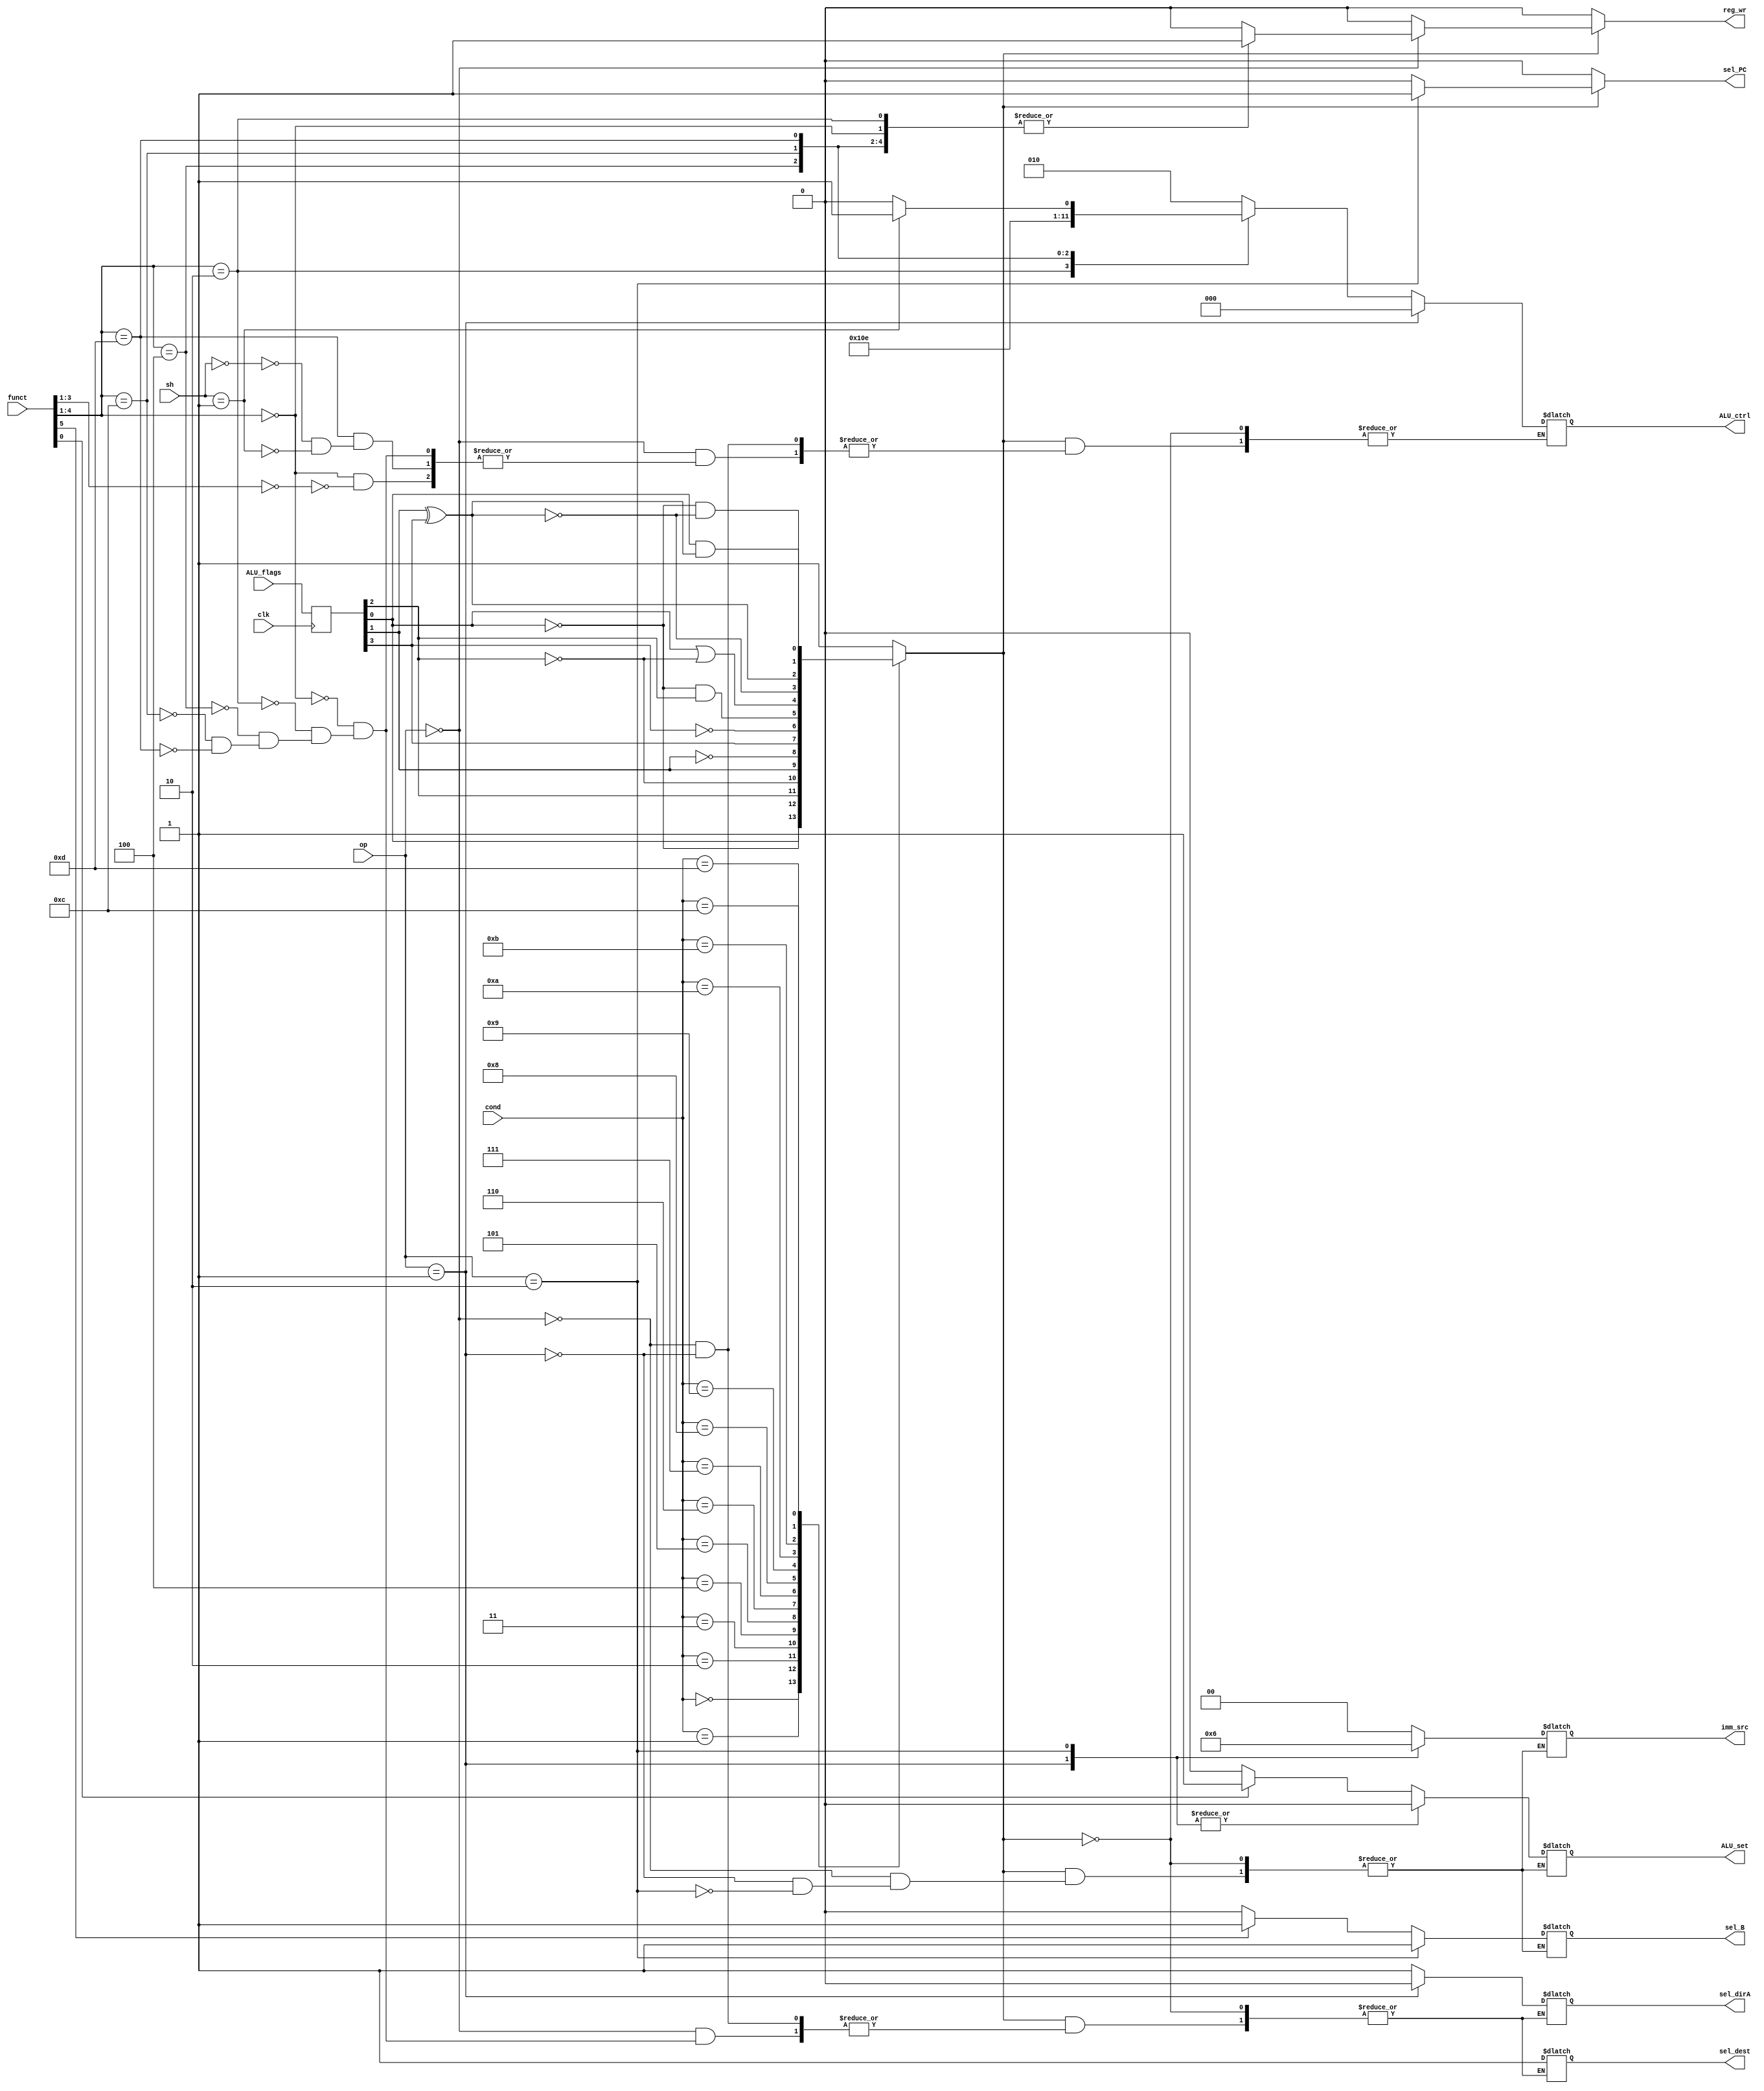
`timescale 1ns / 1ps

module Control(
input clk,
input [3:0] cond,
input [1:0] op,
input [5:0] funct,
input [1:0] sh,

input [3:0] ALU_flags,// 0:Z, 1:N, 2:C, 3:V
output reg ALU_set,

output reg sel_PC,
output reg sel_dirA,
output reg[1:0] imm_src,
output reg reg_wr,
output reg sel_B,
output reg sel_dest,
output reg [2:0] ALU_ctrl
    );
	 
	 
reg [3:0] flags_alu;

	 
reg enable;

always @* begin
	case(cond)
		0 : begin//Z
			enable <= flags_alu[0];
		end
		1 : begin//~Z
			enable <= ~flags_alu[0];
		end
		2 : begin//C
			enable <= flags_alu[2];
		end
		3 : begin//~C
			enable <= ~flags_alu[2];
		end
		4 : begin//N
			enable <= flags_alu[1];
		end
		5 : begin//~N
			enable <= ~flags_alu[1];
		end
		6 : begin//V
			enable <= flags_alu[3];
		end
		7 : begin//~V
			enable <= ~flags_alu[3];
		end
		8 : begin//~ZC
			enable <= ~flags_alu[0] & flags_alu[2];
		end
		9 : begin// Z | ~C
			enable <= flags_alu[0] | ~flags_alu[2];
		end
		10 : begin//~(N xor V)
			enable <= ~(flags_alu[1] ^flags_alu[3]);
		end
		11 : begin//N xor V
			enable <= flags_alu[1] ^flags_alu[3];
		end
		12 : begin// ~Z ~(N xor V)
			enable <=  ~flags_alu[0] & ~(flags_alu[1] ^flags_alu[3]);
		end
		13 : begin// Z | (N xor V)
			enable <= flags_alu[0] & (flags_alu[1] ^flags_alu[3]);
		end
		default : begin //Always
			enable <= 1;
		end
	endcase
	
	if(enable) begin
		case(op)
			0:begin//Data Processing
				ALU_set <= (funct[0] == 1) ? 1: 0;//Checkea si las banderas de la ALU deben cambiar					
				reg_wr <= 1;//se debe escribir
				imm_src <= 0;//es una extensin de procesamiento de datos
				sel_PC <=  0;//No hay salto
				sel_B <= (funct[5] == 1) ? 1: 0;//Checkea si la instruccin es inmediata o no
				case(funct[4:1])
					0: begin //Funcion de AND no fue implementada, sino esto se debe cambiar
						sel_dirA <= 1;
						sel_dest <= 1;
						if(funct[3:1] == 0) begin//MUL
							ALU_ctrl <= 2;
					end
					end
					2: begin//SUB
						sel_dest <= 1;
						sel_dirA <= 1;
						ALU_ctrl <= 1;
					end
					4: begin//ADD
						sel_dest <= 1;
						sel_dirA <= 1;
						ALU_ctrl <= 0;
					end
					12:begin//OR
						sel_dest <= 1;
						sel_dirA <= 1;
						ALU_ctrl <= 3;
					end
					13:begin//Shifts
						sel_dest <= 1;
						sel_dirA <= 1;
						case(sh)
							 0:begin//LSL
								ALU_ctrl <= 4;
							 end
							 1:begin//LSR
								ALU_ctrl <= 5;
							 end
						 endcase
					end
					default:begin 
						sel_PC <=  0;//Puede hay salto
						reg_wr <= 0;//No se debe escribir en los registros
					end
				endcase

			end
			1:begin//Memory calls not implemented
				ALU_set <= 0;//Las banderas de la ALU nunca se cambian
				imm_src <= 1;//La extensin es de 0s
				sel_PC <=  0;//No hay salto
				sel_B <= (funct[5] == 1) ? 1: 0;//Checkea si la instruccin es inmediata o no
				sel_dirA <= 0;//Selecciona un registro para sumarlo en A
				sel_dest <= 1;//Selecciona la direccin de WB
				ALU_ctrl <= 0;//realice una suma en la ALU
				reg_wr <= 0;//No se debe escribir
			end
			2:begin//Branch
				sel_B <= 1; //Siempre es inmediata
				ALU_set <= 0;//Las banderas de la ALU nunca se cambian
				imm_src <= 2;//La extensin es de 0s
				sel_PC <=  1;//Puede haber salto
				reg_wr <= 0;//No se debe escribir en los registros
			end
			default: begin//El resto de ops se toman como nops
				sel_PC <=  0;//Puede hay salto
				reg_wr <= 0;//No se debe escribir en los registros
			end
		endcase
	end
	else begin 
		sel_PC <=  0;//Puede hay salto
		reg_wr <= 0;//No se debe escribir en los registros
	end
end

always @(negedge clk) begin
	flags_alu <= ALU_flags;
end



endmodule